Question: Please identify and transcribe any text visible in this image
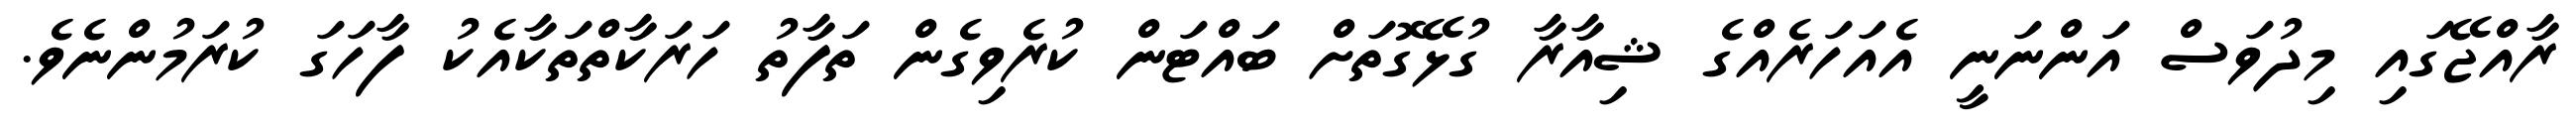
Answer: ރާއްޖޭގައި މިދުވަސް އަންނަނީ އެއަހަރެއްގެ ޝިއާރާ ގުޅޭގޮތަށް ބައްޓަން ކުރެވިގެން ތަފާތު ހަރަކާތްތަކާއެކު ފާހަގަ ކުރަމުންނެވެ.